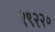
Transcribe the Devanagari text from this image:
१९२२०